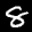
Label: 8